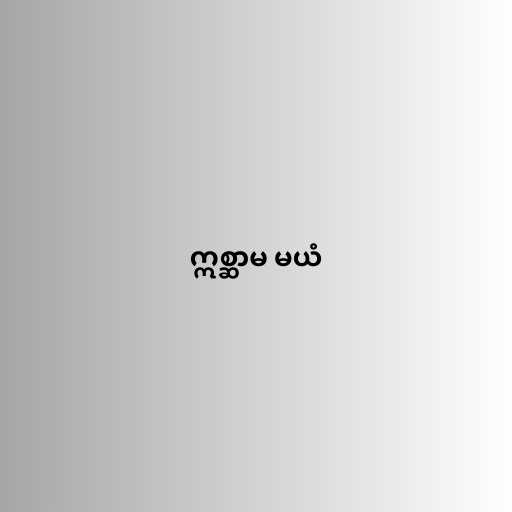
ဣစ္ဆာမ မယံ